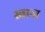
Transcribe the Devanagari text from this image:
स्वान्त